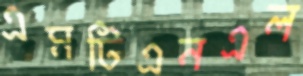
এমটিএনএল